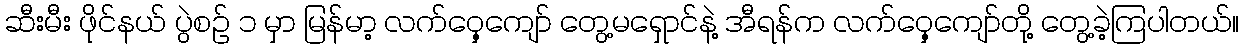
ဆီးမီး ဖိုင်နယ် ပွဲစဉ် ၁ မှာ မြန်မာ့ လက်ဝှေ့ကျော် တွေ့မရှောင်နဲ့ အီရန်က လက်ဝှေ့ကျော်တို့ တွေ့ခဲ့ကြပါတယ်။